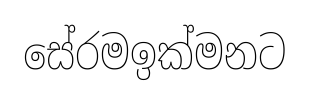
සේරමඉක්මනට